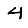
Digit: 4